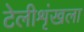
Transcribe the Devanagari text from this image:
टेलीशृंखला